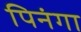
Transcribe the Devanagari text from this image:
पिनंगा